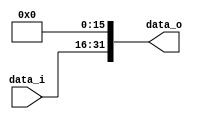
module Zero_Filled( data_i, data_o );

//I/O ports
input	[16-1:0] data_i;
output	[32-1:0] data_o;

//Internal Signals
wire	[32-1:0] data_o;

//Zero_Filled
/*your code here*/
assign data_o = {data_i, 16'b0000000000000000};

endmodule